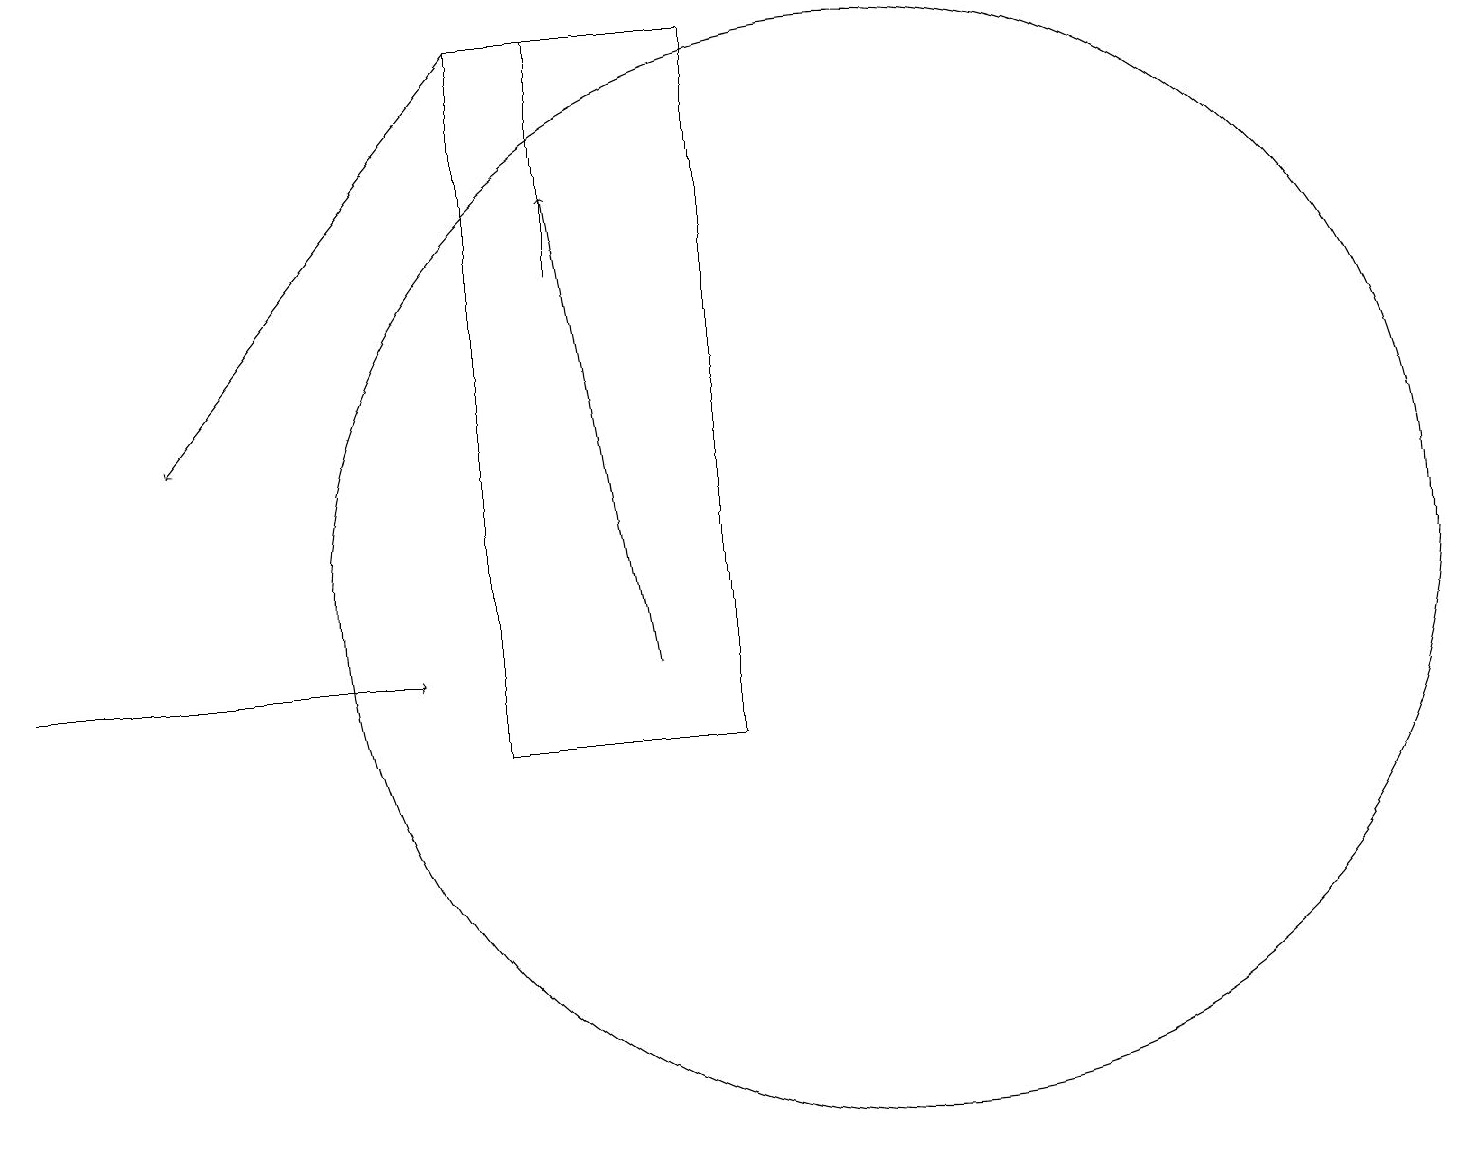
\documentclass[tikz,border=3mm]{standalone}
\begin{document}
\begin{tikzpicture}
\draw (7,19) rectangle (7,16);
\draw (9,10) rectangle (6,19);
\draw (11,12) circle (7);
\draw[->] (6,19) -- (2,14);
\draw[->] (0,11) -- (5,11);
\draw[->] (8,11) -- (7,17);
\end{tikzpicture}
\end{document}